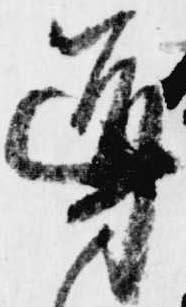
導